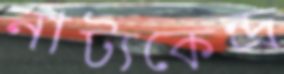
নাট্যকেন্দ্র